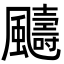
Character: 䬞